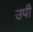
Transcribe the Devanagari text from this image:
उपी